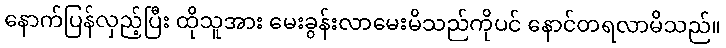
နောက်ပြန်လှည့်ပြီး ထိုသူအား မေးခွန်းလာမေးမိသည်ကိုပင် နောင်တရလာမိသည်။